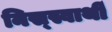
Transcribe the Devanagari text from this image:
निस्स्वार्थी